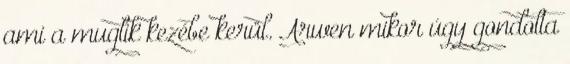
ami a muglik kezébe kerül. Arwen mikor úgy gondolta